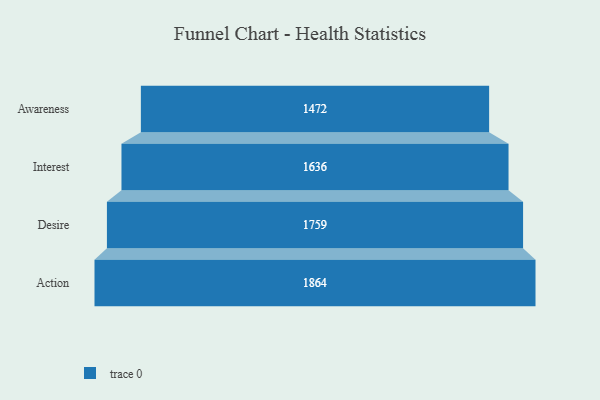
{"axis": {"x": "Stage", "y": "Value"}, "legend": [""], "data": [{"x": "Awareness", "y": 1472.0, "type": ""}, {"x": "Interest", "y": 1636.0, "type": ""}, {"x": "Desire", "y": 1759.0, "type": ""}, {"x": "Action", "y": 1864.0, "type": ""}]}